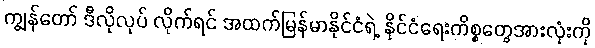
ကျွန်တော် ဒီလိုလုပ် လိုက်ရင် အထက်မြန်မာနိုင်ငံရဲ့ နိုင်ငံရေးကိစ္စတွေအားလုံးကို